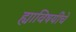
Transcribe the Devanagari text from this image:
ह्याविषयींचे